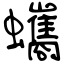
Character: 蠵